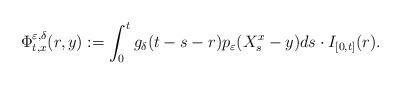
LaTeX: \begin{align*}\Phi_{t,x}^{\varepsilon, \delta}(r,y):=\int_0^t g_{\delta}(t-s-r)p_\varepsilon(X_s^x-y)ds\cdot I_{[0,t]}(r).\end{align*}